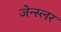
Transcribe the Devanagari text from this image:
जेन्स्लर